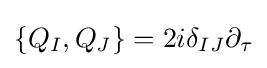
\{Q_{I},Q_{J}\}=2i\delta _{IJ}\partial _{\tau }